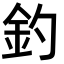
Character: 釣